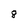
Character: 8